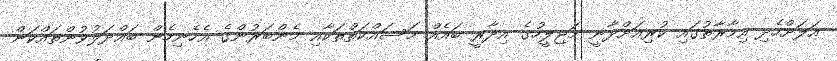
އަލަށްހެދި އިމާރާތުގައި ކުރިއަށްދާނީ މަޖިލީހުގެ އިދާރީ ބައެއް މަސައްކަތްތަކާއި މެންބަރުންގެ އެހެނިހެން ބައްދަލުވުންތައްކަން